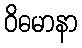
ဝိဓမာနာ